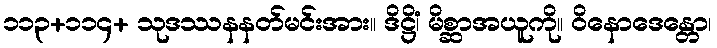
၁၁၃+၁၁၄+ သုဒဿနနတ်မင်းအား။ ဒိဋ္ဌိံ၊ မိစ္ဆာအယူကို။ ဝိနောဒေန္တော၊